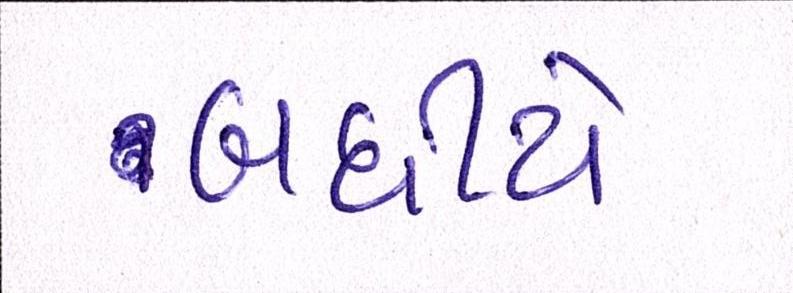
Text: બધીયે